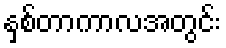
နှစ်တာကာလအတွင်း